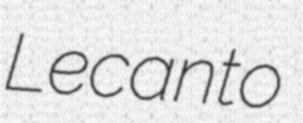
Lecanto